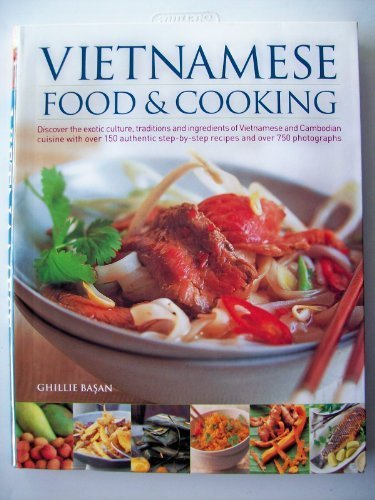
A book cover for Vietnamese Food & Cooking; Ghillie Basan; Cookbooks, Food & Wine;